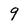
Character: 9